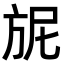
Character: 𭤴